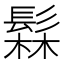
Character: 𬴫